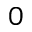
_ 0